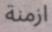
ازمنة